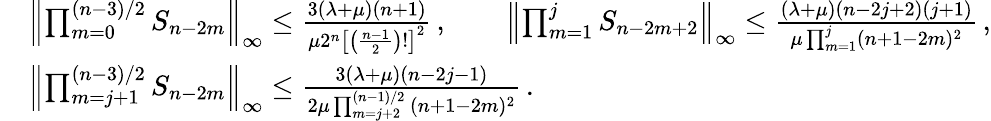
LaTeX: \begin{array}{rl}&{\left\| \prod_{m=0}^{(n-3)/2}S_{n-2m}\right\| _{\infty}\le\frac{3(\lambda+\mu)(n+1)}{\mu 2^{n}\left[\left(\frac{n-1}2\right)!\right]^{2}}\, ,\qquad\left\| \prod_{m=1}^{j}S_{n-2m+2}\right\| _{\infty}\le\frac{(\lambda+\mu)(n-2j+2)(j+1)}{\mu\prod_{m=1}^{j}(n+1-2m)^{2}}\, ,}\\ &{\left\| \prod_{m=j+1}^{(n-3)/2}S_{n-2m}\right\| _{\infty}\le\frac{3(\lambda+\mu)(n-2j-1)}{2\mu\prod_{m=j+2}^{(n-1)/2}\, (n+1-2m)^{2}}\, .}\end{array}